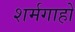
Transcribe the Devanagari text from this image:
शर्मगाहों